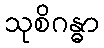
သုစိဂန္ဓာ